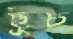
ছুঁচ